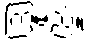
ကြမည်။